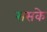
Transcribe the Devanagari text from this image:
ससके